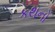
કથનો